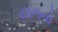
યાનનો